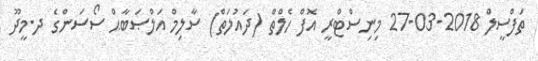
ތަފްސީލް 2018-03-27 މިނިސްޓްރީ އޮފް ހެލްތް (ދައުލަތް) ސާލިމް އަލްޞަބާޙް ސޯސަންގެ ދ.މީދޫ